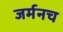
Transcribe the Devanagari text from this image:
जर्मनच